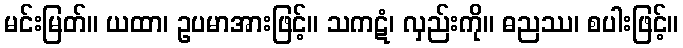
မင်းမြတ်။ ယထာ၊ ဥပမာအားဖြင့်။ သကဋံ၊ လှည်းကို။ ဓညဿ၊ စပါးဖြင့်။